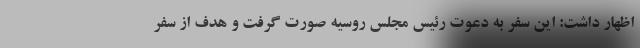
اظهار داشت: این سفر به دعوت رئیس مجلس روسیه صورت گرفت و هدف از سفر